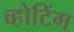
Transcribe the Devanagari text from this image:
व्होटिंग